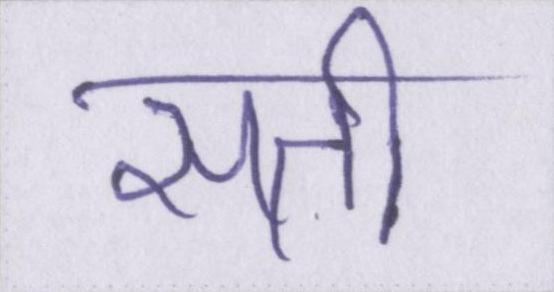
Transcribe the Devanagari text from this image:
सती